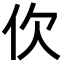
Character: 㐸